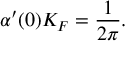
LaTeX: \alpha ^ { \prime } ( 0 ) K _ { F } = \frac { 1 } { 2 \pi } .